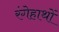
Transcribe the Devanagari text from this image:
रंगेहाथों